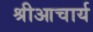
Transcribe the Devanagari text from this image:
श्रीआचार्य